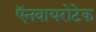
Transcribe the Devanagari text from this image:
ऍनवायरोटेक